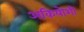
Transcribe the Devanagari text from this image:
अकियोशी